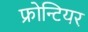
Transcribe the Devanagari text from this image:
फ्रोन्टियर